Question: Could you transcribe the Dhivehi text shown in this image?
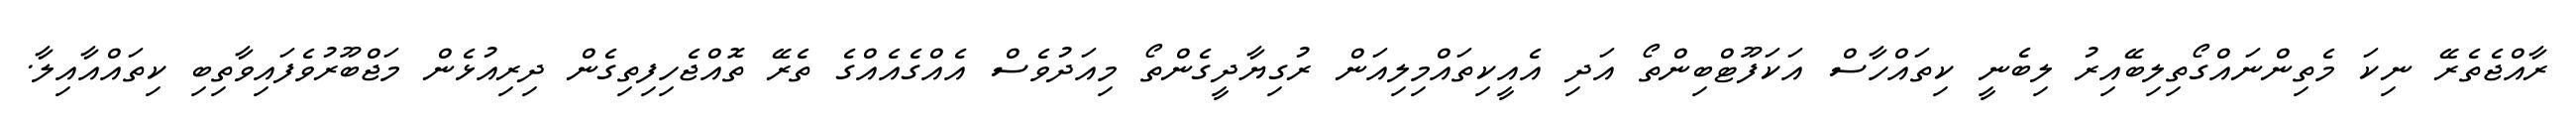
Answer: ރާއްޖެތެރޭ ނިކަ މެތިންނައްގޯތިލިބޭއިރު ލިބެނީ ކިތައްހާސް އަކަފޫޓްބިންތޯ އަދި އެއީކިތައްމިލިއަން ރުގިޔާދީގެންތޯ މިއަދުވެސް އެއްގެއެއްގެ ތެރޭ ތޮއްޖެހިފިތިގެން ދިރިއުޅެން މަޖްބޫރުވެފައިވާތިބި ކިތައްއާއިލާ.